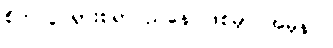
စိတ်လှုပ်ရှားစရာ ညနေ ဖြစ်မှာ အမှန်ပဲ။